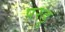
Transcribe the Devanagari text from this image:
परडू